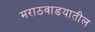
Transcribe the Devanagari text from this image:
मराठवाडयातील